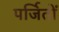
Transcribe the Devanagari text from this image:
पर्जितों